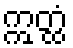
ဣတ္ထံ